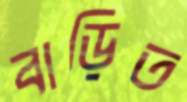
বাড়িত